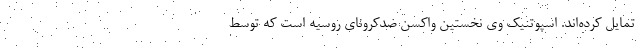
تمایل کرده‌اند. اسپوتنیک وی نخستین واکسن ضدکرونای روسیه است که توسط